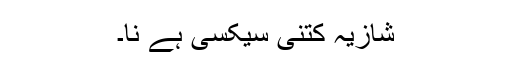
شازیہ کتنی سیکسی ہے نا۔